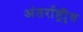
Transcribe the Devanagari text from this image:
अंतर्राष्ट्रीृय